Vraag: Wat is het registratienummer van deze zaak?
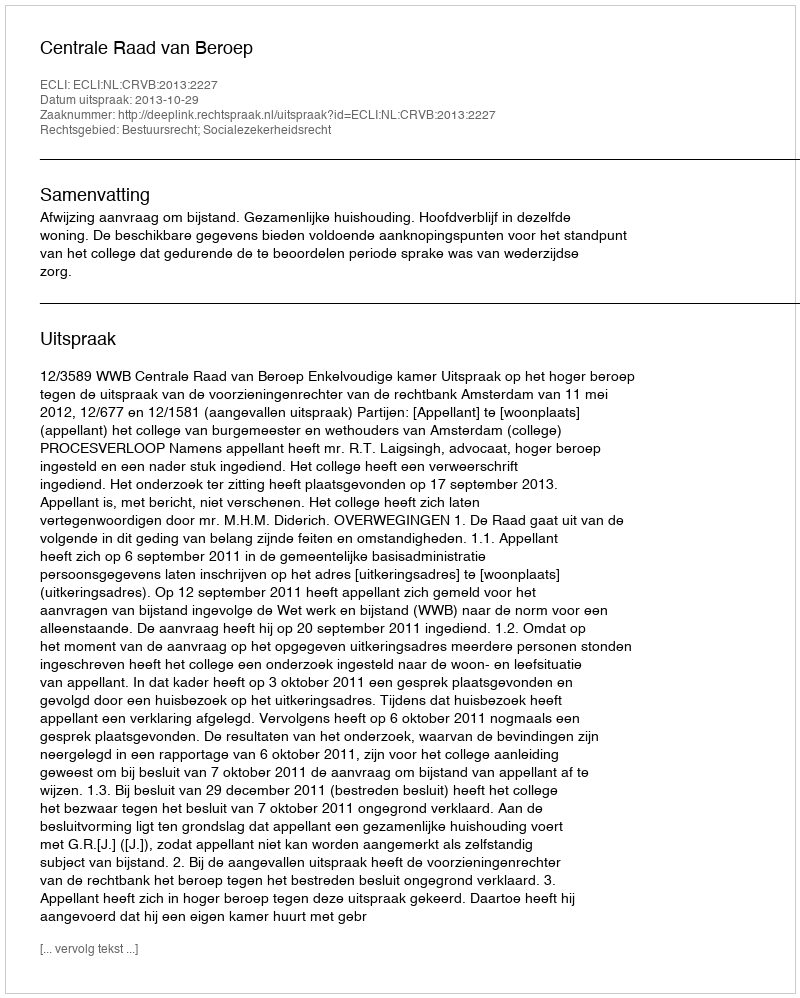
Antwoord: http://deeplink.rechtspraak.nl/uitspraak?id=ECLI:NL:CRVB:2013:2227